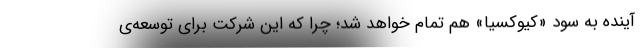
آینده به سود «کیوکسیا» هم تمام خواهد شد؛ چرا که این شرکت برای توسعه‌ی